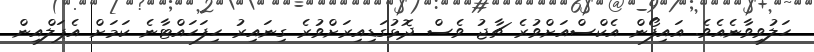
ހަލުވިވާނެއެވެ. އައިފޯން އެކްސްއަށްވުރެ ޗާޖު ވެސް ދޮޅުގަޑިއިރަށްވުރެ ގިނައިރު ހިފަހައްޓާނެ ކަމަށް އެޕަލްއިން